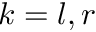
k = l , r